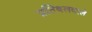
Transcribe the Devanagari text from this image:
प्रतिबलवाले